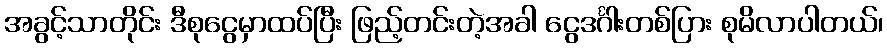
အခွင့်သာတိုင်း ဒီစုငွေမှာထပ်ပြီး ဖြည့်တင်းတဲ့အခါ ငွေဒင်္ဂါးတစ်ပြား စုမိလာပါတယ်၊